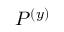
P ^ { ( y ) }